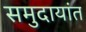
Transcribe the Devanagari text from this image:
समुदायांत